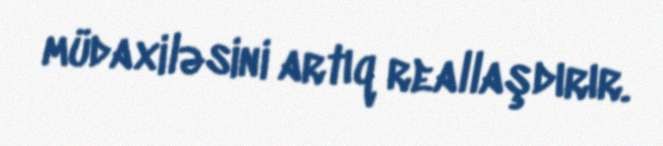
müdaxiləsini artıq reallaşdırır.